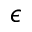
\epsilon